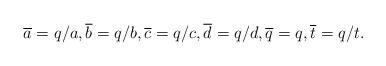
LaTeX: \begin{align*}\overline{a}=q/a,\overline{b}=q/b,\overline{c}=q/c,\overline{d}=q/d,\overline{q}=q,\overline{t}=q/t.\end{align*}